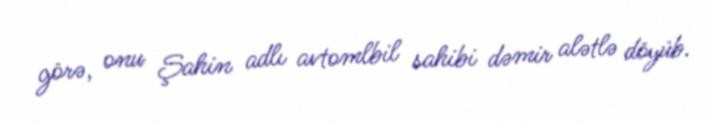
görə, onu Şahin adlı avtomlbil sahibi dəmir alətlə döyüb.